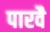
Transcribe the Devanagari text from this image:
पारवै